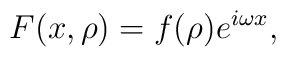
F(x,\rho)=f(\rho)e^{i\omega x},